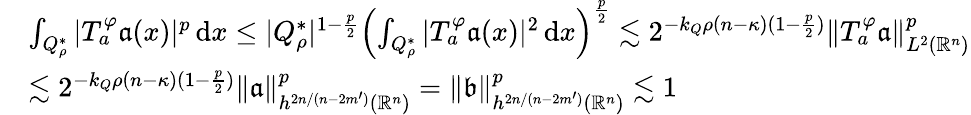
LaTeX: \begin{array}{rl}&{\int_{Q_{\rho}^{*}}|T_{a}^{\varphi}\mathfrak{a}(x)|^{p}\, \mathrm{d}x\leq|Q_{\rho}^{*}|^{1-\frac p2}\Big({\int_{Q_{\rho}^{*}}|T_{a}^{\varphi}\mathfrak{a}(x)|^{2}\, \mathrm{d}x}\Big)^{\frac p2}\lesssim 2^{-k_{Q}\rho(n-\kappa)(1-\frac p2)}\Vert T_{a}^{\varphi}\mathfrak{a}\Vert_{L^{2}(\mathbb{R}^{n})}^{p}}\\ &{\lesssim 2^{-k_{Q}\rho(n-\kappa)(1-\frac p2)}\| \mathfrak{a}\| _{h^{2n/(n-2m^{\prime})}(\mathbb{R}^{n})}^{p}=\| \mathfrak b\| _{h^{2n/(n-2m^{\prime})}(\mathbb{R}^{n})}^{p}\lesssim 1}\end{array}